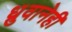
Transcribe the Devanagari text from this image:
ध्रुवानेही